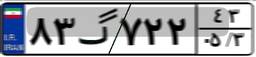
۳۹گ۳۱۱۷۱